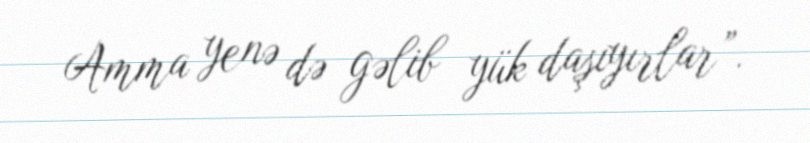
Amma yenə də gəlib yük daşıyırlar”.